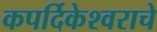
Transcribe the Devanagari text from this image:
कपर्दिकेश्वराचे